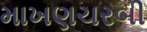
માખણચરબી